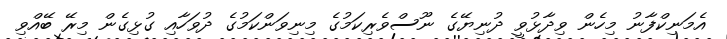
އެމަނިކްފާނު މިހެން ވިދާޅުވީ ދުނިޔޭގެ ނޫސްވެރިކަމުގެ މިނިވަންކަމުގެ ދުވަހާއި ގުޅިގެން މިރޭ ބޭއްވި